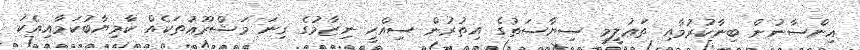
އިންސާނުން ބިނާކުރުމާއި ތަޢުލީމީ ސިޔާސަތުގެ އިތުރުން ސިއްޙީ ނިޒާމުގެ ގިނަ މަޝްރޫޢުތަކެއް ކާމިޔާބުކަމާއިއެކު